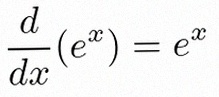
\frac{d}{dx}(e^x)=e^x